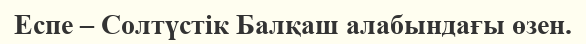
Еспе – Солтүстік Балқаш алабындағы өзен.